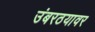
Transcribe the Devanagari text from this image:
उंबरठयावर